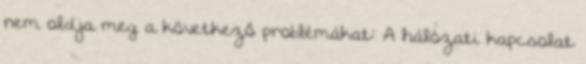
nem oldja meg a következő problémákat: A hálózati kapcsolat